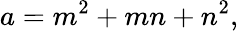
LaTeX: a=m^{2}+mn+n^{2},